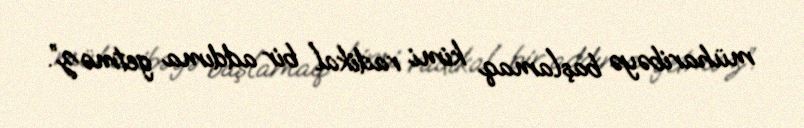
müharibəyə başlamaq kimi radikal bir addıma getməz”.